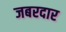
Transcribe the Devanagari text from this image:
जबरदार